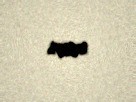
var.